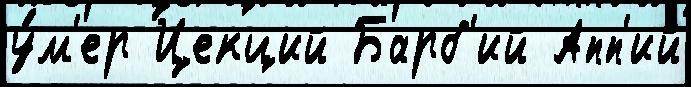
у́м'ер Цекций Барб'ий Апп'ий